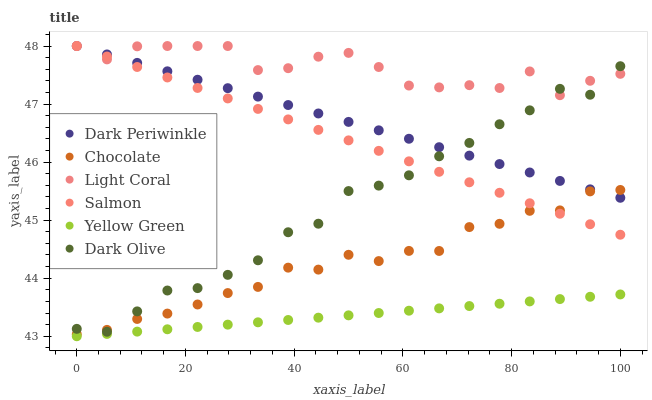
| xaxis_label | Dark Periwinkle | Chocolate | Light Coral | Salmon | Yellow Green | Dark Olive |
 | --- | --- | --- | --- | --- | --- | --- |
 | 0 | 48 | 43 | 48 | 48 | 43 | 43.1 |
 | 5.56 | 47.9 | 43.1 | 47.8 | 47.8 | 43 | 43.1 |
 | 11.1 | 47.7 | 43.3 | 48 | 47.6 | 43.1 | 43.4 |
 | 16.7 | 47.6 | 43.4 | 48 | 47.5 | 43.1 | 43.8 |
 | 22.2 | 47.4 | 43.5 | 48 | 47.3 | 43.2 | 43.8 |
 | 27.8 | 47.3 | 43.7 | 48 | 47.1 | 43.2 | 44.1 |
 | 33.3 | 47.1 | 43.9 | 47.6 | 46.9 | 43.2 | 44.3 |
 | 38.9 | 47 | 44.2 | 47.6 | 46.7 | 43.3 | 44.8 |
 | 44.4 | 46.8 | 44.1 | 47.8 | 46.6 | 43.3 | 44.9 |
 | 50 | 46.7 | 44.4 | 47.9 | 46.4 | 43.4 | 45.5 |
 | 55.6 | 46.5 | 44.3 | 47.6 | 46.2 | 43.4 | 45.6 |
 | 61.1 | 46.4 | 44.5 | 47.3 | 46 | 43.4 | 45.8 |
 | 66.7 | 46.3 | 44.5 | 47.3 | 45.8 | 43.5 | 46.1 |
 | 72.2 | 46.1 | 44.9 | 47.3 | 45.7 | 43.5 | 46.3 |
 | 77.8 | 46 | 44.9 | 47.3 | 45.5 | 43.6 | 46.7 |
 | 83.3 | 45.8 | 45.2 | 47.6 | 45.3 | 43.6 | 46.9 |
 | 88.9 | 45.7 | 45.2 | 47.2 | 45.1 | 43.6 | 47.3 |
 | 94.4 | 45.5 | 45.5 | 47.4 | 44.9 | 43.7 | 47.2 |
 | 100 | 45.4 | 45.5 | 47.5 | 44.7 | 43.7 | 47.7 |